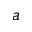
a